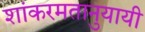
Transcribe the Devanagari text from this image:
शांकरमतानुयायी